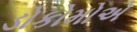
ડોકોમોએ